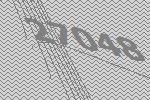
27048